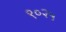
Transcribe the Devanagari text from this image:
९०२५